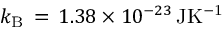
k _ { \mathrm { B } } \, = \, 1 . 3 8 \times 1 0 ^ { - 2 3 } \, \mathrm { J K ^ { - 1 } }